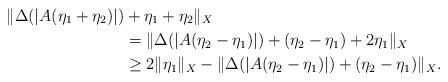
LaTeX: \begin{align*} \|\Delta(|A(\eta_1+\eta_2)|)&+\eta_1+\eta_2\|_X\\ &=\|\Delta(|A(\eta_2-\eta_1)|)+(\eta_2-\eta_1)+2\eta_1\|_X \\ &\geq2\|\eta_1\|_X-\|\Delta(|A(\eta_2-\eta_1)|)+(\eta_2-\eta_1)\|_X.\end{align*}